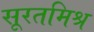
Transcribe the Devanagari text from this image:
सूरतमिश्र